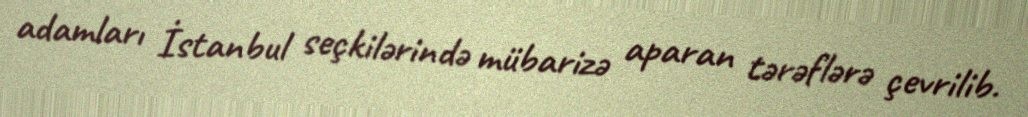
adamları İstanbul seçkilərində mübarizə aparan tərəflərə çevrilib.